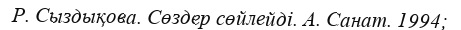
Р. Сыздықова. Сөздер сөйлейді. А. Санат. 1994;